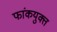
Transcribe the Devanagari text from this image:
फांकयुक्त